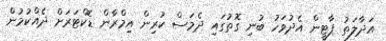
އަދާލަތު ޕާޓީން އެދުވަހު ބުނި ގޮތުގައި ދެމަސް ކުރިން އިމްރާން ޑޮކްޓަރަށް ދެއްކުމުން